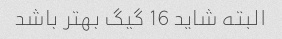
البته شاید 16 گیگ بهتر باشد